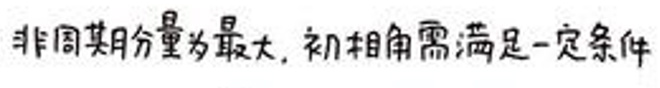
非圆其分量为最大，初相角需满足一定条件